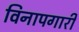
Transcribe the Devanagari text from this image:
विनापगारी